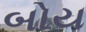
બોય